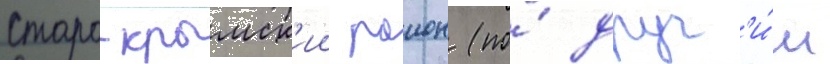
старо-крымск'ии раион (по́ друг'и́м